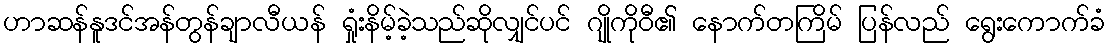
ဟာဆန်နူဒင်အန်တွန်ချာလီယန် ရှုံးနိမ့်ခဲ့သည်ဆိုလျှင်ပင် ဂျိုကိုဝီ၏ နောက်တကြိမ် ပြန်လည် ရွေးကောက်ခံ